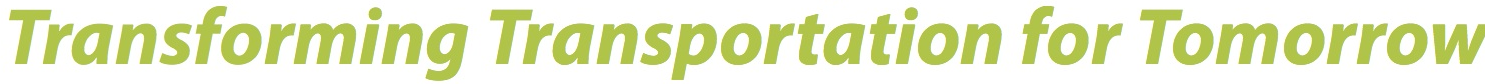
Transforming Transportation for Tomorrow